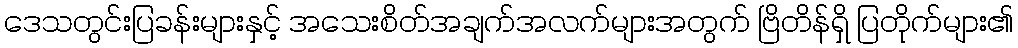
ဒေသတွင်းပြခန်းများနှင့် အသေးစိတ်အချက်အလက်များအတွက် ဗြိတိန်ရှိ ပြတိုက်များ၏